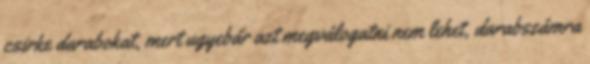
csirke darabokat, mert ugyebár azt megválogatni nem lehet, darabszámra